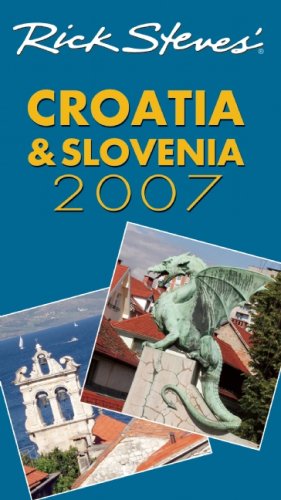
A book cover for Rick Steves' Croatia and Slovenia 2007; Rick Steves; Travel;